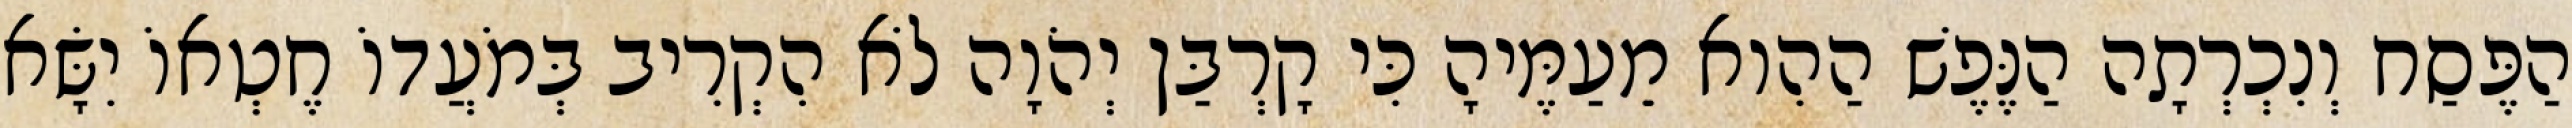
הַפֶּסַח וְנִכְרְתָה הַנֶּפֶשׁ הַהִוא מֵעַמֶּיהָ כִּי קָרְבַּן יְהֹוָה לֹא הִקְרִיב בְּמֹעֲדוֹ חֶטְאוֹ יִשָּׂא